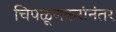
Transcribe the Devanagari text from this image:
चिपळूणकरांनंतर